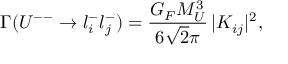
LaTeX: \Gamma ( U ^ { -- } \to l _ { i } ^ { - } l _ { j } ^ { - } ) = \frac { G _ { F } M _ { U } ^ { 3 } } { 6 \sqrt 2 \pi } \, \vert { \cal K } _ { i j } \vert ^ { 2 } ,